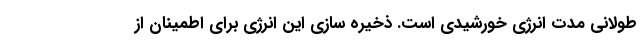
طولانی مدت انرژی خورشیدی است. ذخیره سازی این انرژی برای اطمینان از